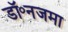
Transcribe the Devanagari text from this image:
डॉ॰नजमा